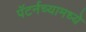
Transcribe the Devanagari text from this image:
पॅटर्नच्यामध्ये